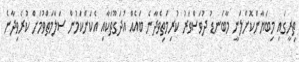
ތިރީގައި މިބަޔާންކޮށްލަނީ މާބަނޑު ދުވަސްވަރު ކުރިމަތިވެދާނެ ބައެއް އުދަގޫތަކާއި އެކަންކަމުން ސަލާމަތްވުމަށް ކުރެވިދާނެ